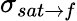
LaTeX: \sigma_{sat\rightarrow f}